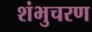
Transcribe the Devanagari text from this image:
शंभुचरण